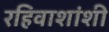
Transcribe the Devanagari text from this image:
रहिवाशांशी